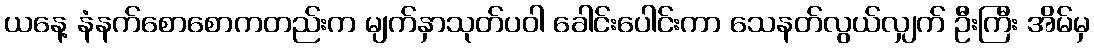
ယနေ့ နံနက်စောစောကတည်းက မျက်နှာသုတ်ပဝါ ခေါင်းပေါင်းကာ သေနတ်လွယ်လျှက် ဦးကြီး အိမ်မှ